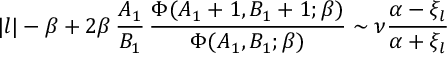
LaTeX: | l | - \beta + 2 \beta \, { \frac { A _ { 1 } } { B _ { 1 } } } \, { \frac { \Phi ( A _ { 1 } + 1 , B _ { 1 } + 1 ; \beta ) } { \Phi ( A _ { 1 } , B _ { 1 } ; \beta ) } } \sim \nu { \frac { \alpha - \xi _ { l } } { \alpha + \xi _ { l } } }